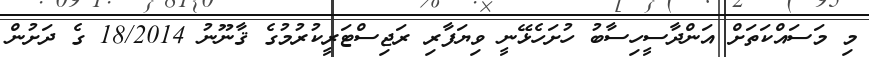
މި މަސައްކަތަށް އަންދާސީހިސާބު ހުށަހެޅޭނީ ވިޔަފާރި ރަޖިސްޓަރީކުރުމުގެ ޤާނޫނު 18/2014 ގެ ދަށުން